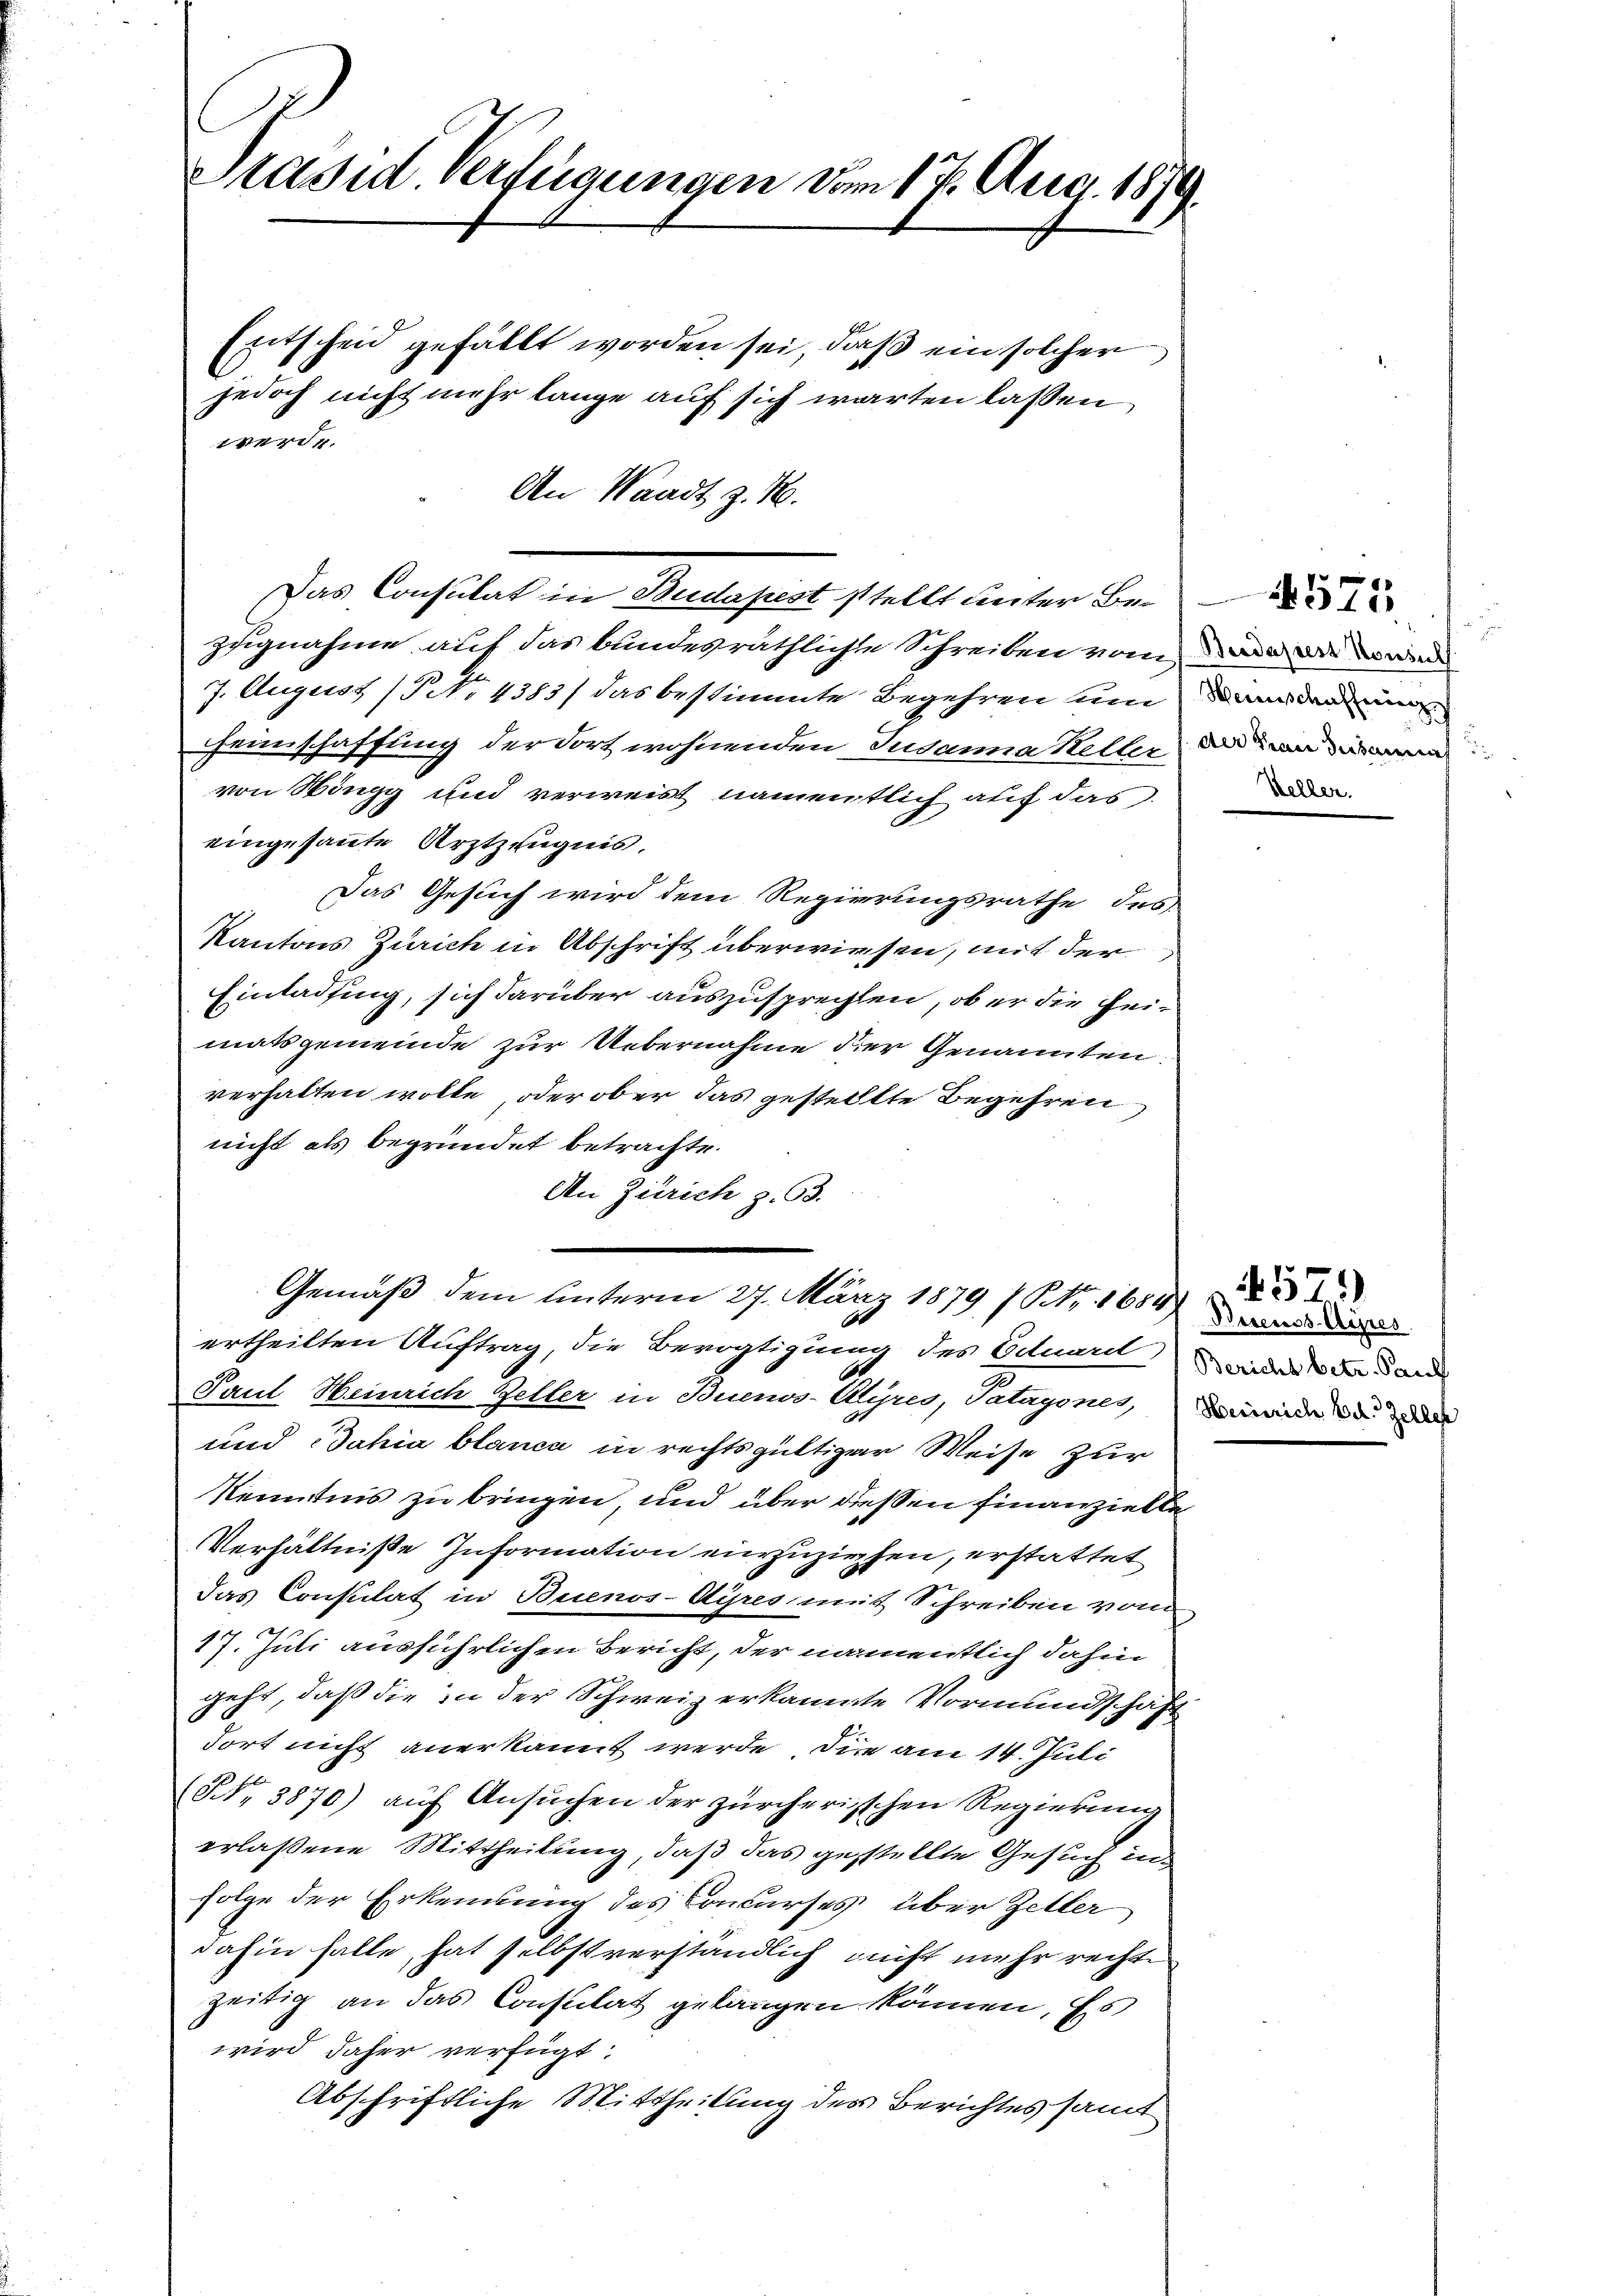
Entscheid gefällt worden sei, daß ein solcher
jedoch nicht mehr lange auf sich warten lassen
werde.
An Waadt z. B.

Präsid. Verfügungen vom 17. Aug. 1879.

Das Consulat in Budapest stellt unter Bezsignahme auf das bundesräthlichen Schreiben vom an die wa
7. August (P No. 4383) das bestimmte Begehren um anderun
einschaffung der dort wohnenden Judanna Keller und an
von Höngg und verweist, namentlich auf das
eingesannte Arztzeugnis.
Das Gesuch wird dem Regierungsrathe des
Kantons Zürich in Abschrift überwiesen, mit der
Einladung, sich darüber auszusprechten, ob er die Heimatsgemeinde zur Uebernahme der Genannten:
verhalten wolle, oder ober das gestellte Begehren
nicht als begründet betrachte.
An Zürich z. B.
Pant Heinrich Zeller in Buenos-Ayres, Satagones, man da
und Jahia blance in rechtsgültiger Weise zur
Kenntnis zu bringen, und über diesen Finanzielle
Verhältniße Information einzuziehen, erstattet
das Constilat in Buenos-Ayres mit Schreiben vom
17. Juli ausführlichen Bericht, der namentlich dahin
geht, daß die in der Schweiz erkannte Vormundschaft
dort nicht anerkannt werde, die am 14. Juli
(Nr. 3870) auf Ansuchen der zürcherischen Regierung
erlassene Mittheilung, daß das gestellte Gesuch in
folge der Erkennung des Concurses über Zeller
dahin halte, hat selbst verständlich nicht mehr rechte
zeitig an das Constilat gelangen können, Es
wird daher verfügt:
Abschriftliche Mittheilung des Berichtes samt

Gemäß dem Unterm 27. März 1879 (Nr. 1684
ertheilten Auftrag, die Bevogtigung des Eduard in dan

Weller.

571

457)